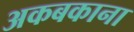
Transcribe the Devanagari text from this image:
अकबकाना